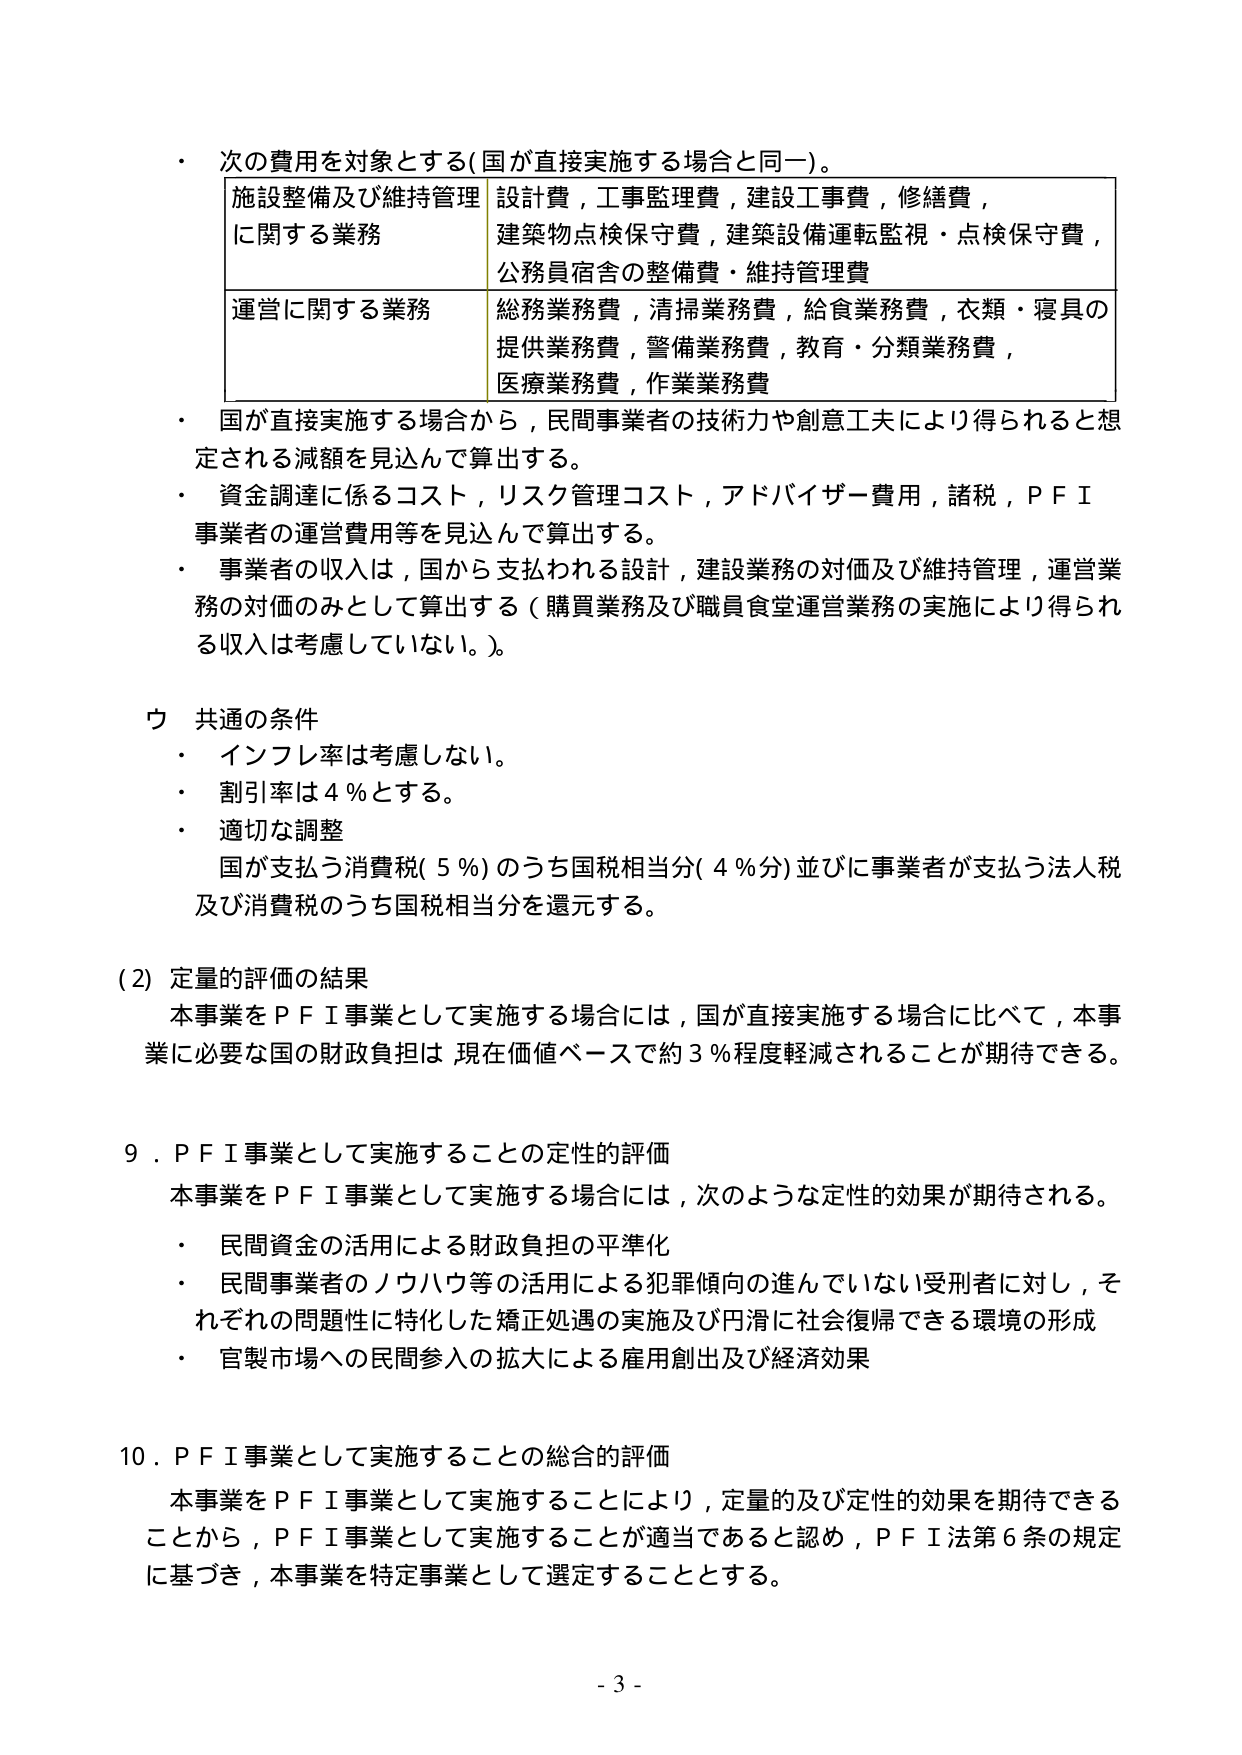
・次の費用を対象とする（国が直接実施する場合と同一）。

| 施設整備及び維持管理に関する業務 | 設計費，工事監理費，建設工事費，修繕費，建築物点検保守費，建築設備運転監視・点検保守費，公務員宿舎の整備費・維持管理費 |
| 運営に関する業務 | 総務業務費，清掃業務費，給食業務費，衣類・寝具の提供業務費，警備業務費，教育・分類業務費，医療業務費，作業業務費 |

・国が直接実施する場合から，民間事業者の技術力や創意工夫により得られると想定される減額を見込んで算出する。
・資金調達に係るコスト，リスク管理コスト，アドバイザー費用，諸税，ＰＦＩ事業者の運営費用等を見込んで算出する。
・事業者の収入は，国から支払われる設計，建設業務の対価及び維持管理，運営業務の対価のみとして算出する（購買業務及び職員食堂運営業務の実施により得られる収入は考慮していない。）。

ウ 共通の条件
・インフレ率は考慮しない。
・割引率は４％とする。
・適切な調整
　国が支払う消費税（５％）のうち国税相当分（４％分）並びに事業者が支払う法人税及び消費税のうち国税相当分を還元する。

（2）定量的評価の結果
　本事業をＰＦＩ事業として実施する場合には，国が直接実施する場合に比べて，本事業に必要な国の財政負担は，現在価値ベースで約３％程度軽減されることが期待できる。

９．ＰＦＩ事業として実施することの定性的評価
　本事業をＰＦＩ事業として実施する場合には，次のような定性的効果が期待される。
・民間資金の活用による財政負担の平準化
・民間事業者のノウハウ等の活用による犯罪傾向の進んでいない受刑者に対し，それぞれの問題性に特化した矯正処遇の実施及び円滑に社会復帰できる環境の形成
・官製市場への民間参入の拡大による雇用創出及び経済効果

10．ＰＦＩ事業として実施することの総合的評価
　本事業をＰＦＩ事業として実施することにより，定量的及び定性的効果を期待できることから，ＰＦＩ事業として実施することが適当であると認め，ＰＦＩ法第６条の規定に基づき，本事業を特定事業として選定することとする。

- 3 -